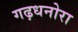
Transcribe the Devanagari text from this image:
गढ़धनोरा